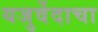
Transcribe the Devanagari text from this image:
यजुर्वेदाचा